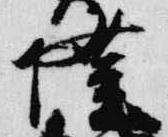
隆